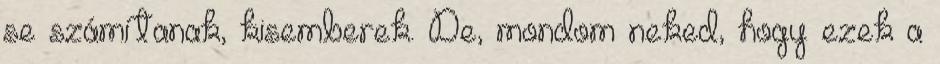
se számítanak, kisemberek. De, mondom neked, hogy ezek a